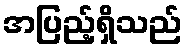
အပြည့်ရှိသည်